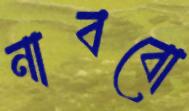
নাববো